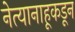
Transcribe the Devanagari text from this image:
नेत्यानाहूकडून